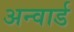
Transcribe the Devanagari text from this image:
अन्वार्ड